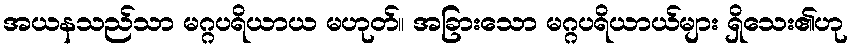
အယနသည်သာ မဂ္ဂပရိယာယ မဟုတ်။ အခြားသော မဂ္ဂပရိယာယ်များ ရှိသေး၏ဟု